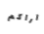
اراكم